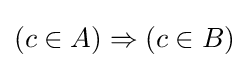
(c\in A)\Rightarrow (c\in B)